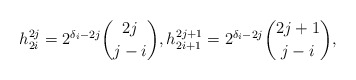
\begin{align*}h_{2i}^{2j}=2^{\delta_{i}-2j}\binom{2j}{j-i},h_{2i+1}^{2j+1}=2^{\delta_{i}-2j}\binom{2j+1}{j-i},\end{align*}